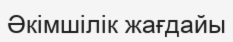
Әкімшілік жағдайы